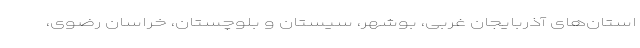
استان‌های آذربایجان غربی، بوشهر، سیستان و بلوچستان، خراسان رضوی،